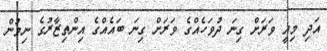
އަދި މިއީ ވަރަށް ގިނަ ދުވަހެއްގެ ވަރަށް ގިނަ ބައެއްގެ އިންތިޒާރުގެ ނިމުން